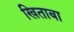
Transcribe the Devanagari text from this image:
खिताबा